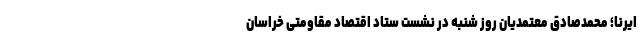
ایرنا؛ محمدصادق معتمدیان روز شنبه در نشست ستاد اقتصاد مقاومتی خراسان